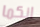
انكما